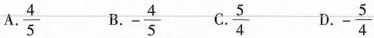
A.\frac{4}{5} B.-\frac{4}{5} C.\frac{5}{4} D.-\frac{5}{4}